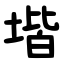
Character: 堦